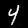
Digit: 4